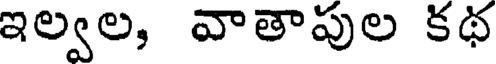
ఇల్వల, వాతాపుల కథ